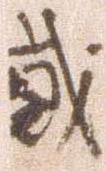
弐